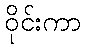
ဝိုင်းကာ